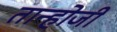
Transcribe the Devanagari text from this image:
तान्होजी